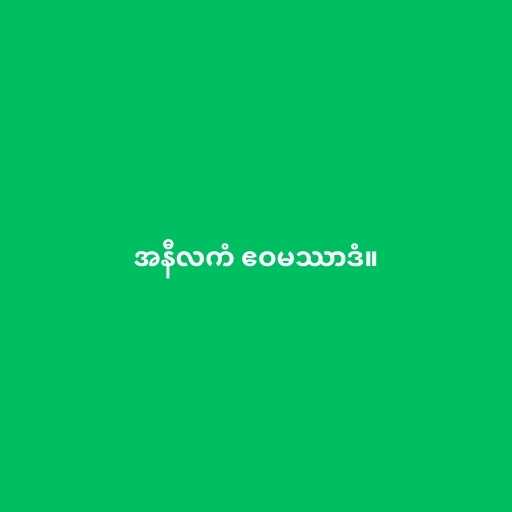
အနီလကံ ဧဝမဿာဒံ။